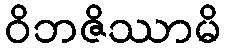
ဝိဘဇိဿာမိ